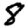
Digit: 8